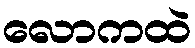
လောကထဲ